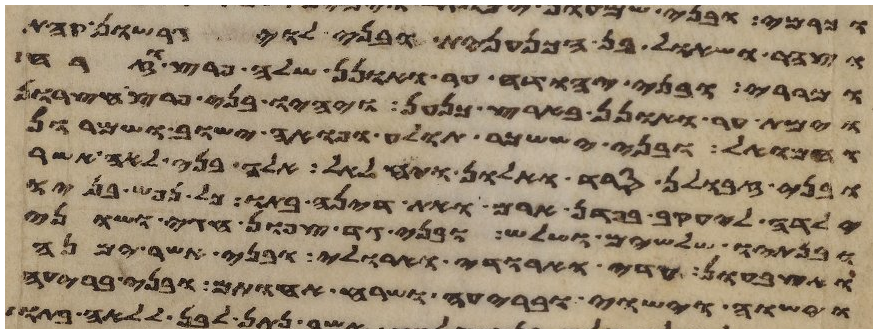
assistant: וצהר ושאול בן הכנענית ובני לוי גרשון קהת
ומררי ובני יהודה ער ואונן שלה פרץ וזרח
וימת ער ואונן בארץ כנען ויהיו בני פרץ חצרון
וחמואל ובני יששכר תולע ופואה ישוב ושמרון
ובני זבולן סרד ואלון ויחלאל אלה בני לאה אשר
ילדה ליעקב בפדן ארם ואת דינה בתו כל נפש בניו
ובנתיו שלשים ושלש ובני גד צפון וחגי ושוני
ואצבעון עדי וארודי וארולי ובני אשר ימנה
וישוה וישוי ובריעה ושרח אחותם ובני בריעה